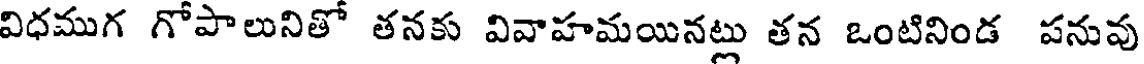
విధముగ గోపాలునితో తనకు వివాహమయినట్లు తన ఒంటినిండ పనువు